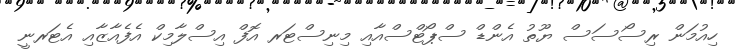
ހިއުމަން ރިސޯސަސް ޔޫތު އެންޑް ސްޕޯޓްސްއާއި މިނިސްޓަރ އޮފް އިސްލާމިކް އެފެއާޒާއި އެޓަރނީ